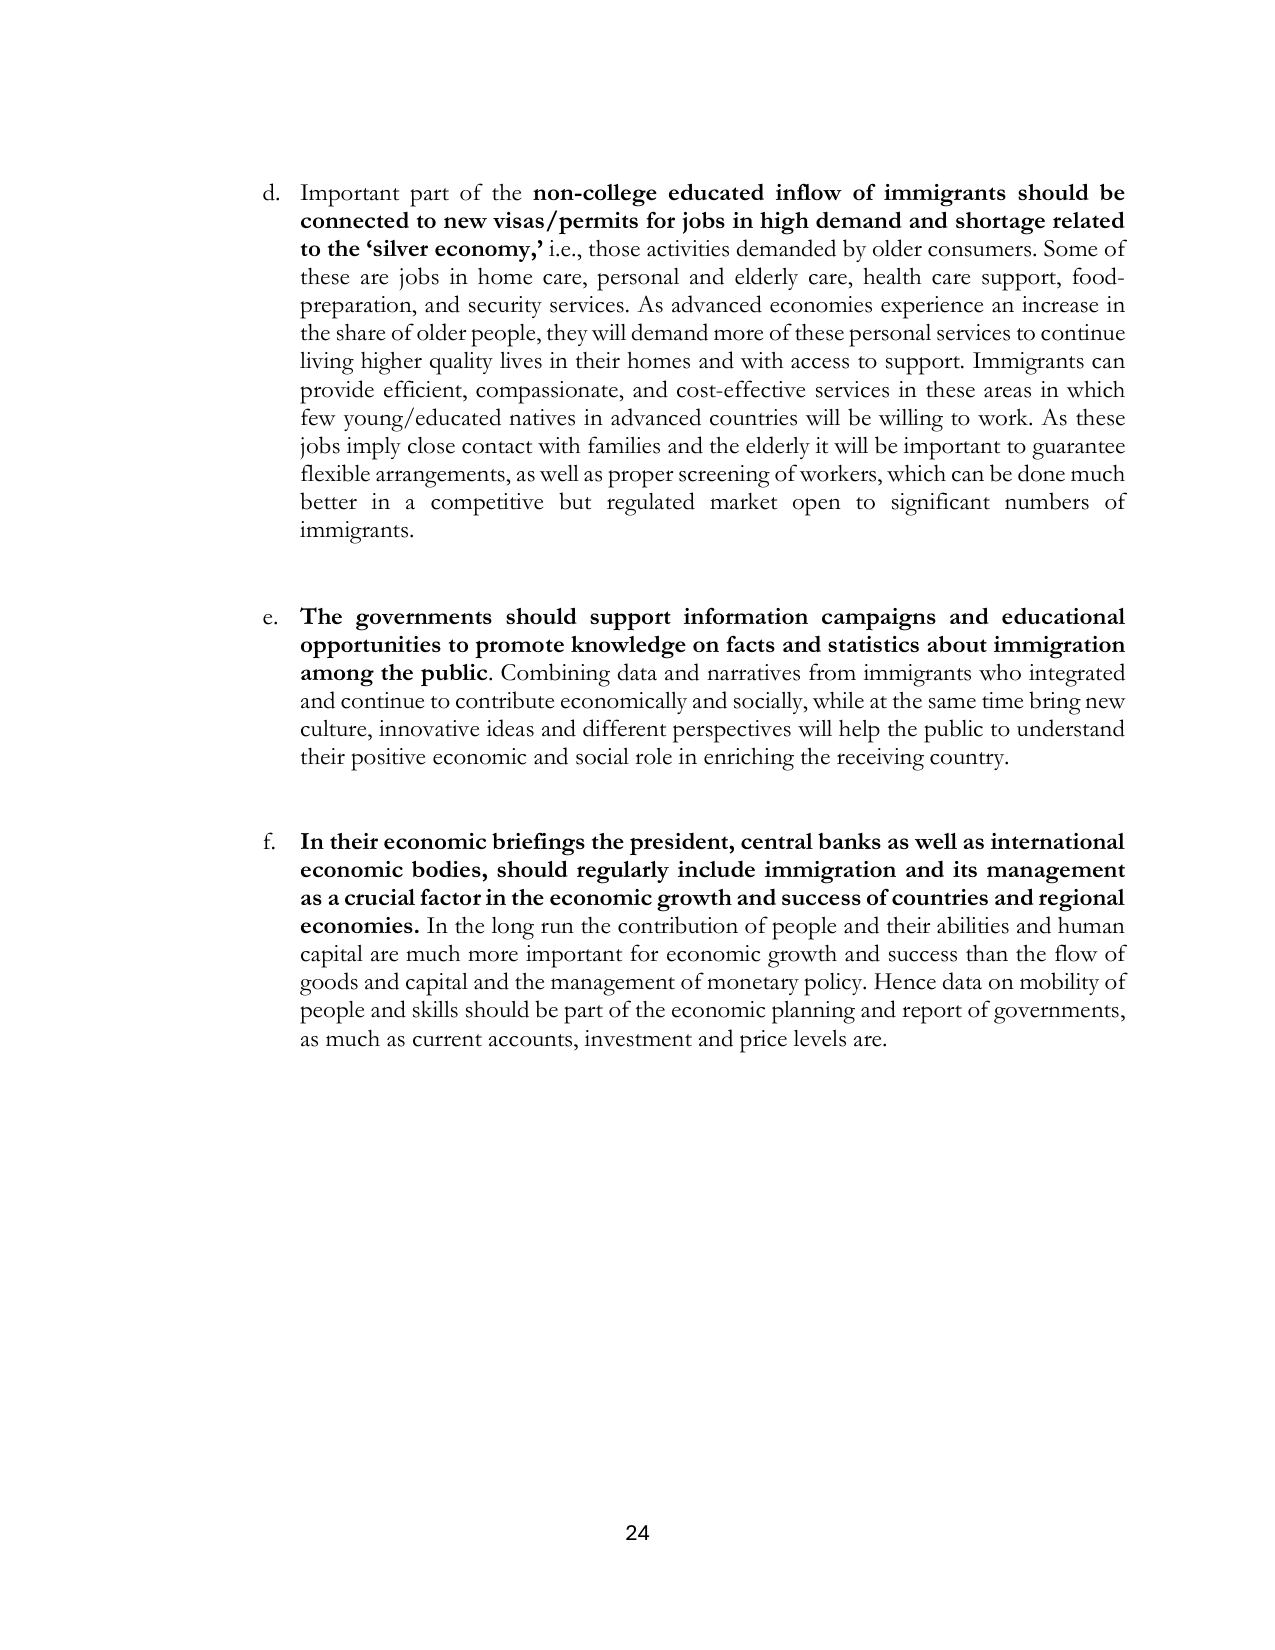
d. Important part of the non-college educated inflow of immigrants should be connected to new visas/permits for jobs in high demand and shortage related to the ‘silver economy,’ i.e., those activities demanded by older consumers. Some of these are jobs in home care, personal and elderly care, health care support, food-preparation, and security services. As advanced economies experience an increase in the share of older people, they will demand more of these personal services to continue living higher quality lives in their homes and with access to support. Immigrants can provide efficient, compassionate, and cost-effective services in these areas in which few young/educated natives in advanced countries will be willing to work. As these jobs imply close contact with families and the elderly it will be important to guarantee flexible arrangements, as well as proper screening of workers, which can be done much better in a competitive but regulated market open to significant numbers of immigrants.

e. The governments should support information campaigns and educational opportunities to promote knowledge on facts and statistics about immigration among the public. Combining data and narratives from immigrants who integrated and continue to contribute economically and socially, while at the same time bring new culture, innovative ideas and different perspectives will help the public to understand their positive economic and social role in enriching the receiving country.

f. In their economic briefings the president, central banks as well as international economic bodies, should regularly include immigration and its management as a crucial factor in the economic growth and success of countries and regional economies. In the long run the contribution of people and their abilities and human capital are much more important for economic growth and success than the flow of goods and capital and the management of monetary policy. Hence data on mobility of people and skills should be part of the economic planning and report of governments, as much as current accounts, investment and price levels are.

24